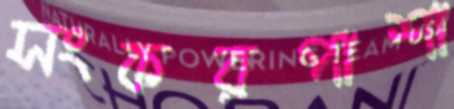
সংকরপাশা